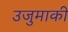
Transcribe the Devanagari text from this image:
उजुमाकी